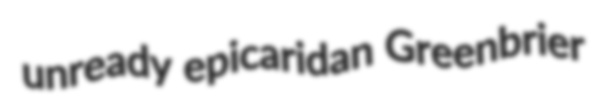
unready epicaridan Greenbrier